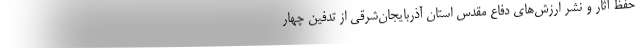
حفظ آثار و نشر ارزش‌های دفاع مقدس استان آذربایجان‌شرقی از تدفین چهار